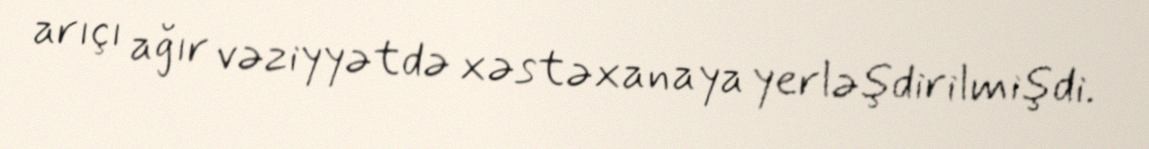
arıçı ağır vəziyyətdə xəstəxanaya yerləşdirilmişdi.